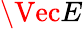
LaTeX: \Vec{E}